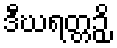
ဒီဃရတ္တဉှိ